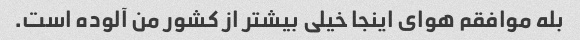
بله موافقم هوای اینجا خیلی بیشتر از کشور من آلوده است.